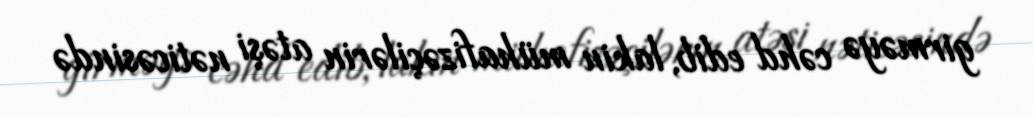
girməyə cəhd edib, lakin mühafizəçilərin atəşi nəticəsində